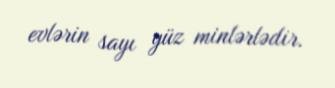
evlərin sayı yüz minlərlədir.